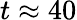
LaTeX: t\approx 40